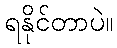
ရနိုင်တာပဲ။